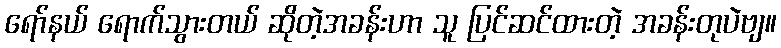
ရော်နယ် ရောက်သွားတယ် ဆိုတဲ့အခန်းဟာ သူ ပြင်ဆင်ထားတဲ့ အခန်းတုပဲဗျ။